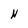
Character: N